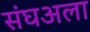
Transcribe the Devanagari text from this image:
संघअला